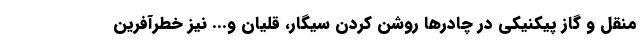
منقل و گاز پیکنیکی در چادرها روشن کردن سیگار، قلیان و... نیز خطرآفرین